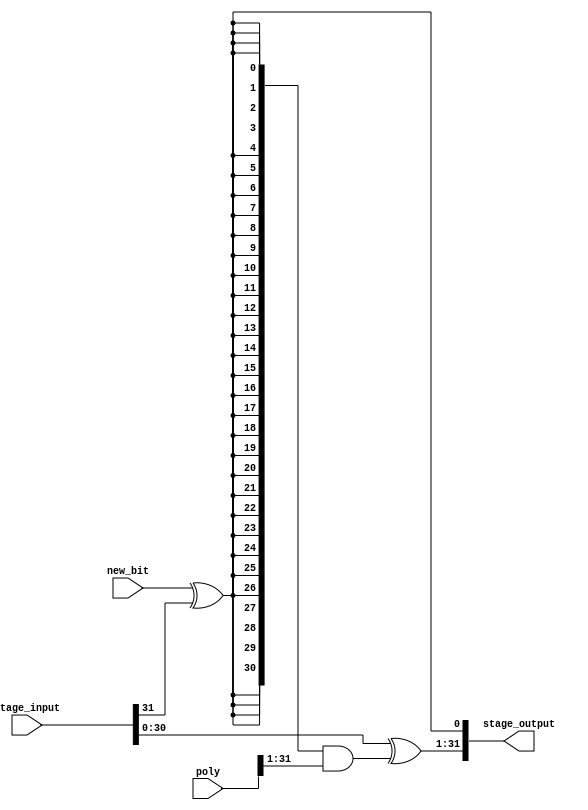
module XOR_Shift (stage_input,
                  poly,
                  new_bit,
                  stage_output);
  parameter crc_width = 32;
  input [crc_width-1:0] stage_input;
  input [crc_width-1:0] poly;
  input new_bit;
  output [crc_width-1:0] stage_output;
  assign stage_output[0] = new_bit ^ stage_input[crc_width-1];
  assign stage_output[crc_width-1:1] = stage_input[crc_width-2:0] ^ ({crc_width-1{stage_output[0]}} & poly[crc_width-1:1]);
endmodule